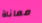
معاناة